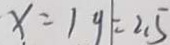
x = \vert y \vert = 2 . 5